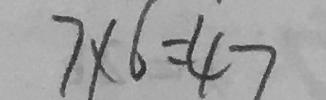
7 \times 6 = 4 7